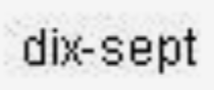
dix-sept